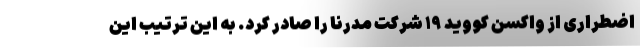
اضطراری از واکسن کووید ۱۹ شرکت مدرنا را صادر کرد. به این ترتیب این